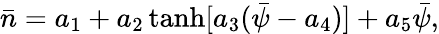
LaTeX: \bar{n}=a_{1}+a_{2}\operatorname{tanh}[a_{3}(\bar{\psi}-a_{4})]+a_{5}\bar{\psi},